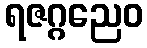
ရဇဂ္ဂညေဝ